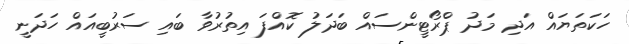
ހަކަތަޔައް އަދި މަދު ޕްރޯޓީންސައް ބަދަލު ކޮއްފަ އިތުރުވާ ބައި ސަރުބީއައް ހަދަނީ